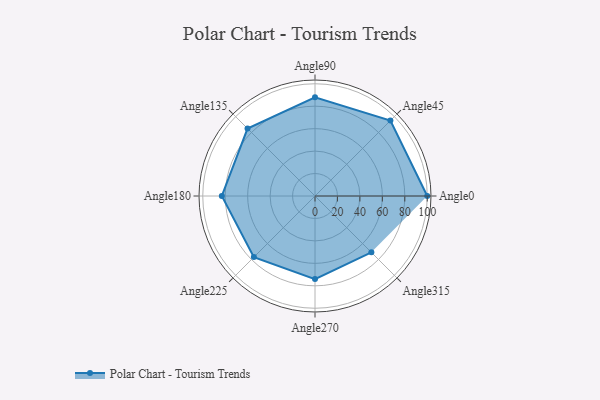
{"axis": {"x": "Angle", "y": "Radius"}, "legend": [""], "data": [{"x": "Angle0", "y": 100.0, "type": ""}, {"x": "Angle45", "y": 95.0, "type": ""}, {"x": "Angle90", "y": 88.0, "type": ""}, {"x": "Angle135", "y": 85.0, "type": ""}, {"x": "Angle180", "y": 83.0, "type": ""}, {"x": "Angle225", "y": 77.0, "type": ""}, {"x": "Angle270", "y": 74.0, "type": ""}, {"x": "Angle315", "y": 71.0, "type": ""}]}